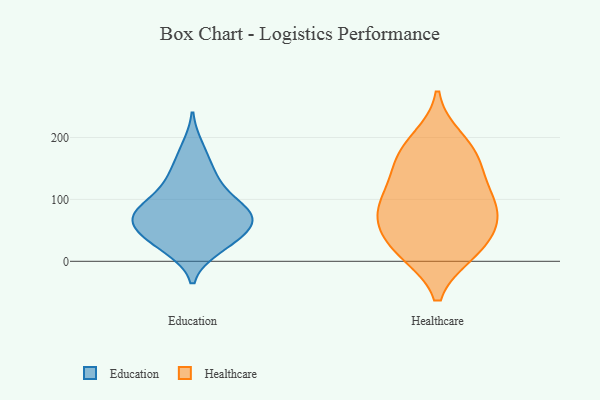
{"axis": {"x": "Bounce Rate (%)", "y": "Value"}, "legend": ["Education", "Healthcare"], "data": [{"x": "", "y": 184, "type": "Education"}, {"x": "", "y": 38, "type": "Education"}, {"x": "", "y": 124, "type": "Education"}, {"x": "", "y": 69, "type": "Education"}, {"x": "", "y": 76, "type": "Education"}, {"x": "", "y": 23, "type": "Education"}, {"x": "", "y": 76, "type": "Education"}, {"x": "", "y": 40, "type": "Education"}, {"x": "", "y": 130, "type": "Education"}, {"x": "", "y": 96, "type": "Education"}, {"x": "", "y": 84, "type": "Education"}, {"x": "", "y": 55, "type": "Education"}, {"x": "", "y": 21, "type": "Education"}, {"x": "", "y": 154, "type": "Education"}, {"x": "", "y": 77, "type": "Education"}, {"x": "", "y": 63, "type": "Education"}, {"x": "", "y": 15, "type": "Healthcare"}, {"x": "", "y": 14, "type": "Healthcare"}, {"x": "", "y": 161, "type": "Healthcare"}, {"x": "", "y": 102, "type": "Healthcare"}, {"x": "", "y": 100, "type": "Healthcare"}, {"x": "", "y": 62, "type": "Healthcare"}, {"x": "", "y": 121, "type": "Healthcare"}, {"x": "", "y": 159, "type": "Healthcare"}, {"x": "", "y": 197, "type": "Healthcare"}, {"x": "", "y": 58, "type": "Healthcare"}, {"x": "", "y": 17, "type": "Healthcare"}, {"x": "", "y": 62, "type": "Healthcare"}, {"x": "", "y": 180, "type": "Healthcare"}, {"x": "", "y": 83, "type": "Healthcare"}]}